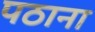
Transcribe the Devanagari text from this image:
पठाना